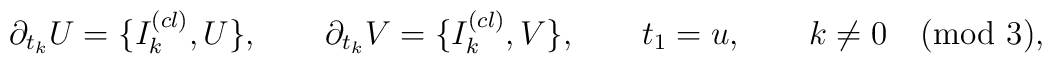
\partial_{t_k} U = \{I^{(cl)}_k,U\},\qquad \partial_{t_k} V =\{I^{(cl)}_k,V\},\qquad t_1=u, \qquad k\not =0 \pmod 3,